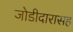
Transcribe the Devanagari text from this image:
जोडीदारासह